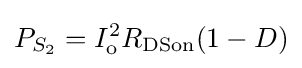
P_{S_{2}}=I_{\text{o}}^{2}R_{\text{DSon}}(1-D)